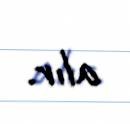
alır.